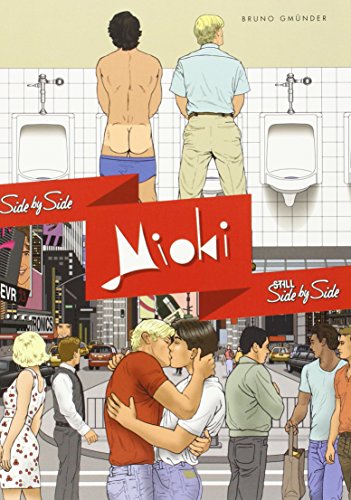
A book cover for Side by Side & Still Side by Side: Two Books in One! - Bundle; Mioki; Comics & Graphic Novels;